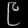
Digit: ၉